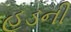
હૂડની